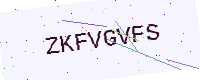
Text: ZKFVGVFS